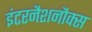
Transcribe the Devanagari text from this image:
इंटरनैशनौक्स